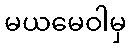
မယမေဝါမှ